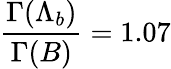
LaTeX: {\frac{\Gamma(\Lambda_{b})}{\Gamma(B)}}=1.07